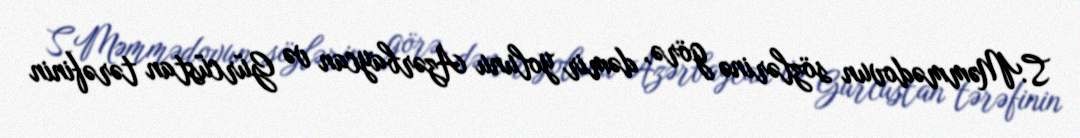
S.Məmmədovun sözlərinə görə, dəmir yolunu Azərbaycan və Gürcüstan tərəfinin